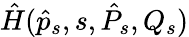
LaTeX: \hat{H}(\hat{p}_{s},s,\hat{P}_{s},Q_{s})